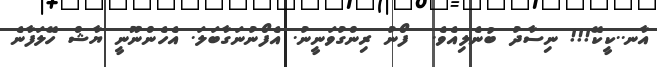
އާނ..ކީކޭ!!! ނިސާދު ބުނެލިއެވެ.  ފޯނު ރިންގުވަނީނު. އެފޯނުނަގާބަލަ. އެހެންނޫނީ ޔާޝް ހޭލަފާނެ